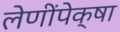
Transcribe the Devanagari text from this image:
लेणींपेक्षा